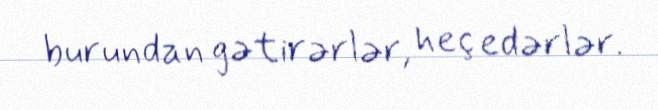
burundan gətirərlər, heç edərlər.